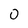
Character: 0